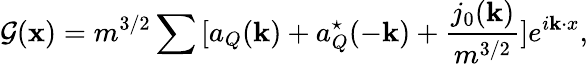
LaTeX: {\cal G}({\mathbf x})=m^{3/2}\sum{}[a_{Q}({\mathbf k})+a_{Q}^{\star}(-{\mathbf k})+\frac{j_{0}({\mathbf k})}{m^{3/2}}]e^{i{\mathbf k\cdot x}},